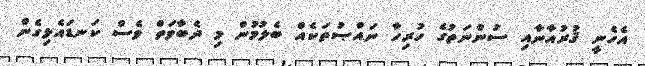
އެހެނީ ޤުރުއާނާއި ސުންނަތުގެ ހުރިހާ ނައްޞުތަކެއް ބެލުމުން މި ދެބާވަތް ވެސް ކަނޑައެޅިގެން